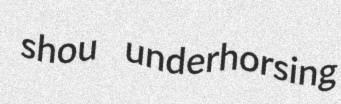
shou underhorsing